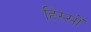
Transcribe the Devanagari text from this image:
हिस्‍सों